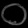
Digit: ၀